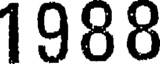
1988